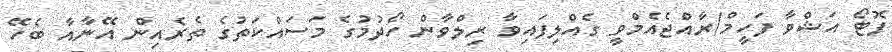
ފޮޓޯ އަޝްވާ ފަހީމް/ރާއްޖެއެމްވީ ގެއްލިފައިވާ ރިލްވާން ހޯދުމުގެ މަސައްކަތުގެ ތެރެއިން އޭނާއާ ބެހޭ